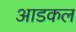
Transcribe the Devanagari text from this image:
आडकल